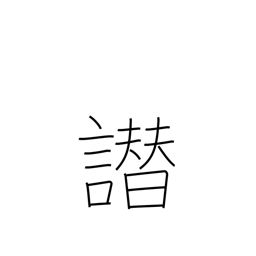
Meaning: false accusation